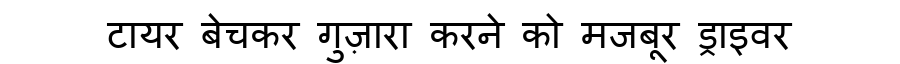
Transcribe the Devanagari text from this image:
टायर बेचकर गुज़ारा करने को मजबूर ड्राइवर